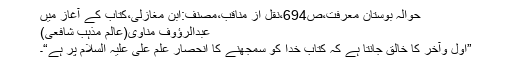
حوالہ بوستانِ معرفت،ص694،نقل از مناقب،مصنف:ابن مغازلی،کتاب کے آغاز میں
عبدالرؤوف مناوی(عالم مذہب ِشافعی)
”اوّل وآخر کا خالق جانتا ہے کہ کتابِ خدا کو سمجھنے کا انحصار علمِ علی علیہ السلام پر ہے“۔